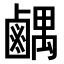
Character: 𫜉